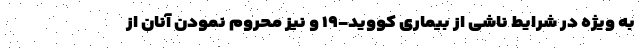
به ویژه در شرایط ناشی از بیماری کووید-۱۹ و نیز محروم نمودن آنان از